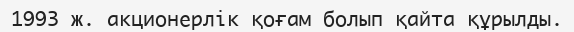
1993 ж. акционерлік қоғам болып қайта құрылды.